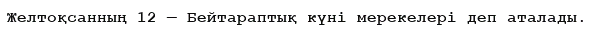
Желтоқсанның 12 — Бейтараптық күні мерекелері деп аталады.